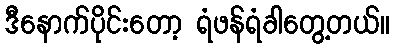
ဒီနောက်ပိုင်းတော့ ရံဖန်ရံခါတွေ့တယ်။